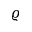
\varrho